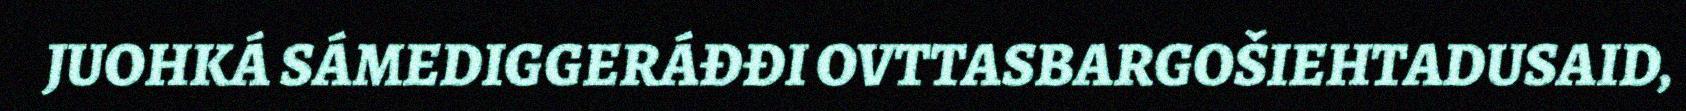
JUOHKÁ SÁMEDIGGERÁĐĐI OVTTASBARGOŠIEHTADUSAID,